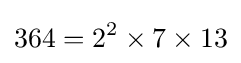
364=2^{2}\times 7\times 13